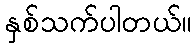
နှစ်သက်ပါတယ်။